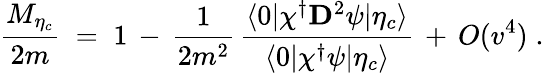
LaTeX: {\frac{M_{\eta_{c}}}{2m}}\; =\; 1\, -\, {\frac{1}{2m^{2}}}\, {\frac{\langle 0|\chi^{\dagger}{\mathbf D}^{2}\psi|\eta_{c}\rangle}{\langle 0|\chi^{\dagger}\psi|\eta_{c}\rangle}}\, +\, O(v^{4})\; .